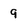
Character: 9